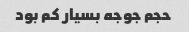
حجم جوجه بسیار کم بود